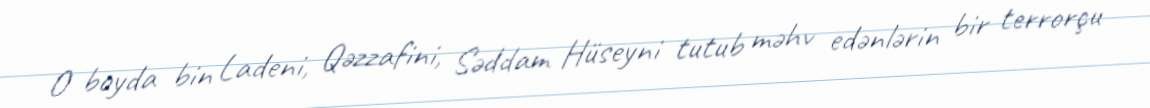
O boyda bin Ladeni, Qəzzafini, Səddam Hüseyni tutub məhv edənlərin bir terrorçu